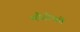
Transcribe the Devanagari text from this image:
माँगोंको